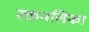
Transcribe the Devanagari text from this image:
रक्तनलिका